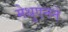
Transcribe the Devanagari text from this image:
मेथुएनने